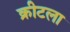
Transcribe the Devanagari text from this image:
क्रीटला